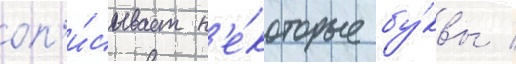
оп'и́сывает н'е́которые бу́квы /